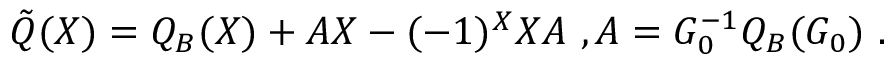
\tilde { Q } ( X ) = Q _ { B } ( X ) + A X - ( - 1 ) ^ { X } X A \ , A = G _ { 0 } ^ { - 1 } Q _ { B } ( G _ { 0 } ) \ .